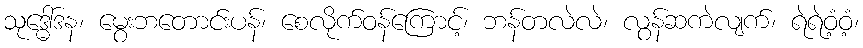
သုဒ္ဓေါ်ဒန၊ မွေးဘတောင်းပန်၊ စေလိုက်ဝန်ကြောင့်၊ ဘန်တလဲလဲ၊ လွန်ဆကဲလျက်၊ ရဲရဲဝံ့ဝံ့၊